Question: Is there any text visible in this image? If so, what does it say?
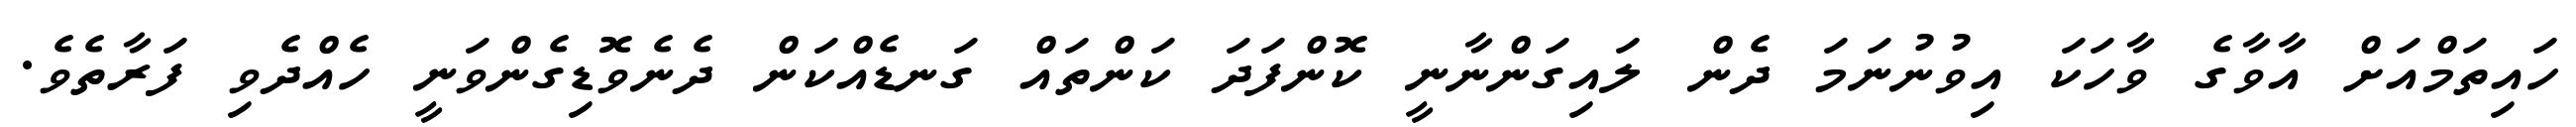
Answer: ހައިތަމްއަށް އާވާގެ ވާހަކަ އިވުނުނަމަ ދެން ލައިގަންނާނީ ކޮންފަދަ ކަންތައް ގަނޑެއްކަން ދެނެވޮޑިގެންވަނީ ހެއްދެވި ފަރާތެވެ.